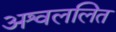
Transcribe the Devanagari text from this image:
अश्वललित